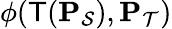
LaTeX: \phi(\mathsf{T}(\mathbf{P}_{\mathcal{S}}),\mathbf{P}_{\mathcal{T}})